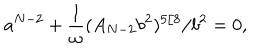
a ^ { N - 2 } + \frac { 1 } { \omega } ( A _ { N - 2 } b ^ { 2 } ) ^ { 5 / 8 } / b ^ { 2 } = 0 ,